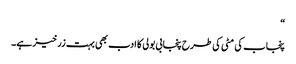
“
پنجاب کی مٹی کی طرح پنجابی بولی کا ادب بھی بہت زرخیز ہے۔